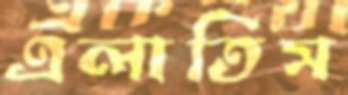
এলাতিস